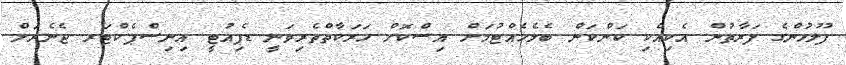
ފުލުހުންގެ ފަރާތުން އެކިއެކި ކަންކަން ބެލެހެއްޓުމަށް އިސްކޮށް ހަރަކާތްތެރިވަނީ ޑެޕިއުޓީ އިނިސްޕެކްޓަރ ޖެނެރަލް